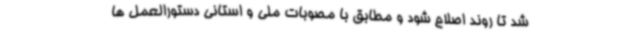
شد تا روند اصلاح شود و مطابق با مصوبات ملی و استانی دستورالعمل ها